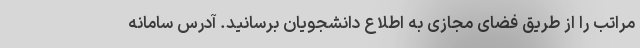
مراتب را از طریق فضای مجازی به اطلاع دانشجویان برسانید. آدرس سامانه